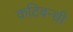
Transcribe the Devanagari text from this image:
कटिबन्धी